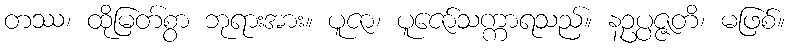
တဿ၊ ထိုမြတ်စွာ ဘုရားအား။ ပူဇာ၊ ပူဇော်သက္ကာရသည်။ နဥပ္ပဇ္ဇတိ၊ မဖြစ်။